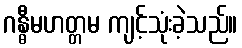
ဂန္ဓီမဟတ္တမ ကျင့်သုံးခဲ့သည်။